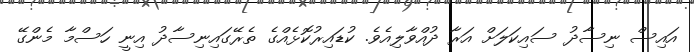
އައިސް ނިސާދު ސައިކަލަށް އަރާ ދުއްވާލިއެވެ. ކުޑައިރުކޮޅެއްގެ ތެރޭގައިނިސާދު އިނީ ހަސްމާ މެންގޭ